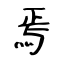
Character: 焉